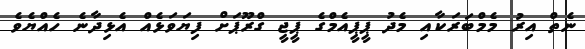
ނެތް އިރު މެމްބަރަކާއި މެދު ޕީޕީއެމްގެ ޕީޖީ ގްރޫޕަށް ފިޔަވަޅެއް އެޅިދާނެ ހެއްޔެވެ